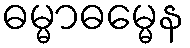
ဓမ္မာဓမ္မေန